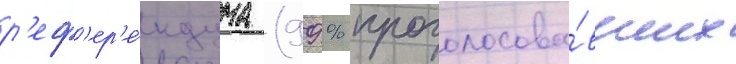
р'еф'ер'е́ндума (99 % проголосова́вших